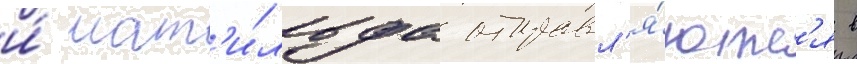
и́ мат'и́льда отправл'я́ютс'я в